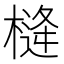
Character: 𪳖